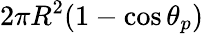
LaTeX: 2\pi R^{2}(1-\cos\theta_{p})